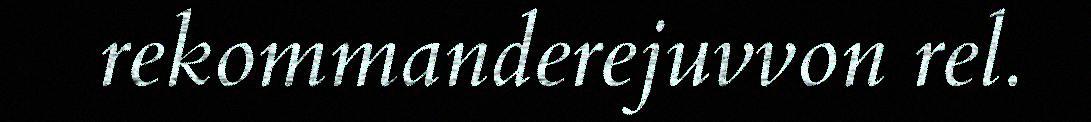
rekommanderejuvvon rel.